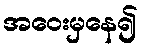
အဝေးမှနေ၍